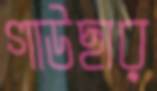
গাউছার